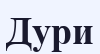
Дури